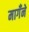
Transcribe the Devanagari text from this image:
मागँने